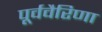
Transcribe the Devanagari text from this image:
पूर्ववैरिणा